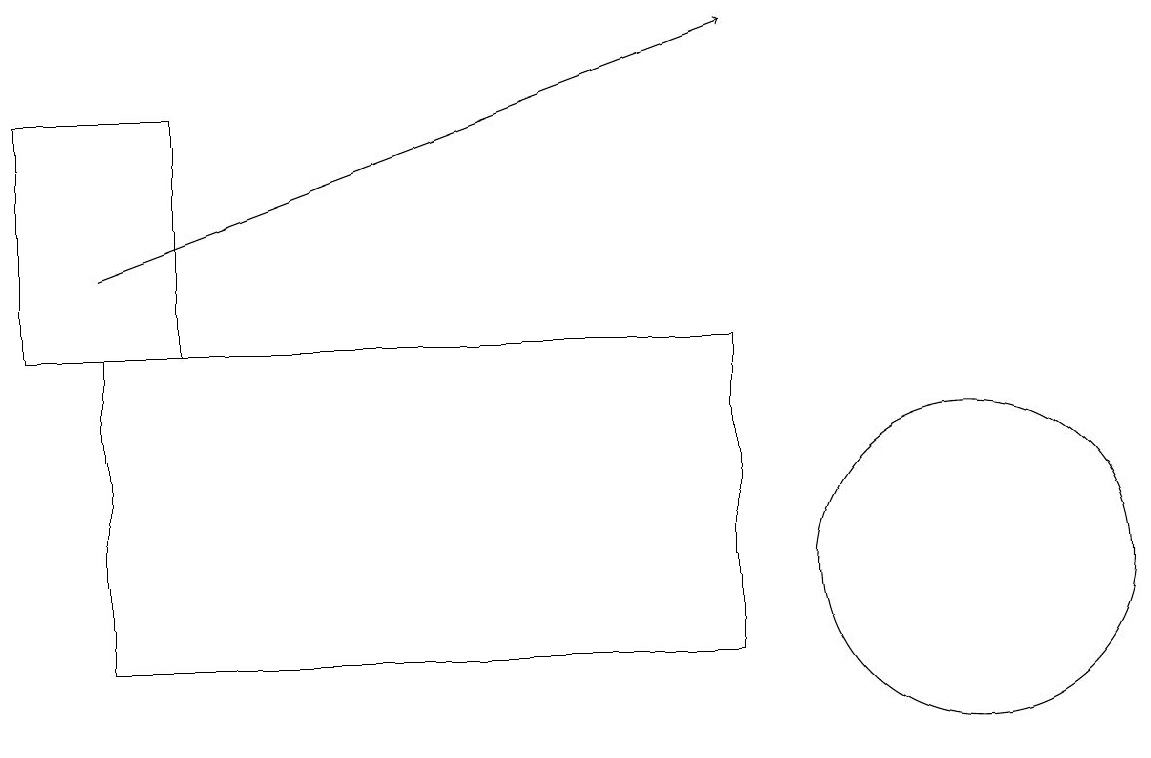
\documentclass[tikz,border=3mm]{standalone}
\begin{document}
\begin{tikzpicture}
\draw (12,11) circle (2);
\draw (2,17) rectangle (0,14);
\draw[->] (1,15) -- (9,18);
\draw (9,10) rectangle (1,14);
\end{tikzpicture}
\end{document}